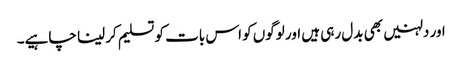
اور دلہنیں بھی بدل رہی ہیں اور لوگوں کو اس بات کو تسلیم کر لینا چاہیے۔